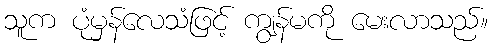
သူက ပုံမှန်လေသံဖြင့် ကျွန်မကို မေးလာသည်။